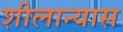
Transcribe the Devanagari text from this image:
शीलान्यास